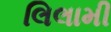
લિલામી